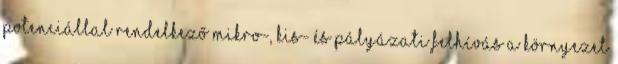
potenciállal rendelkező mikro-, kis- és PÁLYÁZATI FELHÍVÁS a Környezet